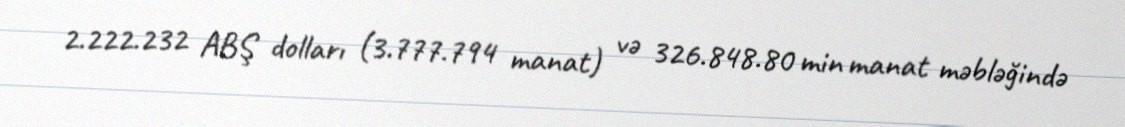
2.222.232 ABŞ dolları (3.777.794 manat) və 326.848.80 min manat məbləğində